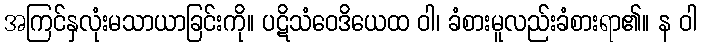
အကြင်နှလုံးမသာယာခြင်းကို။ ပဋိသံဝေဒိယေထ ဝါ၊ ခံစားမူလည်းခံစားရာ၏။ န ဝါ